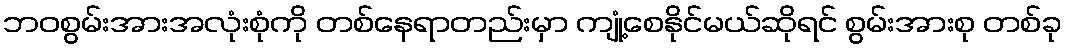
ဘဝစွမ်းအားအလုံးစုံကို တစ်နေရာတည်းမှာ ကျုံ့စေနိုင်မယ်ဆိုရင် စွမ်းအားစု တစ်ခု